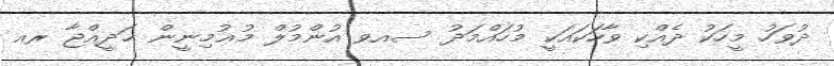
ދުވަހު މީހަކު ދެއްކި ވާހަކައަކީ މުހައްމަދު ސއވ އުންމުލް މުޢުމިނީން ޚަދީއްޖާ ރއ